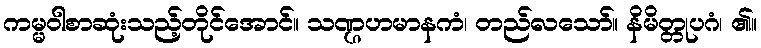
ကမ္မဝါစာဆုံးသည့်တိုင်အောင်။ သဏ္ဌဟမာနကံ၊ တည်လသော်။ နိမိတ္တုပဂံ၊ ၏။